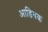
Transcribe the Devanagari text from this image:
आडिबक